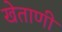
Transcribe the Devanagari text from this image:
खेताणी